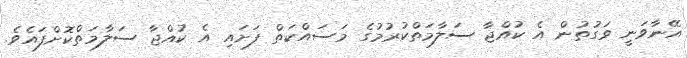
އޭނާވަނީ ވަގުތުން އެ ކުއްޖާ ސަލާމަތްކުރުމުގެ މަސައްކަތް ފަށައި އެ ކުއްޖާ ސަލާމަތްކޮށްފައެވެ.